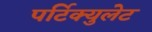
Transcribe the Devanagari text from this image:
पर्टिक्युलेट